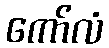
ကော်လံ